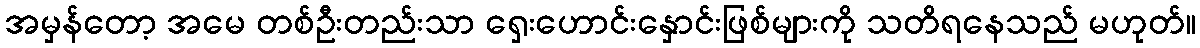
အမှန်တော့ အမေ တစ်ဦးတည်းသာ ရှေးဟောင်းနှောင်းဖြစ်များကို သတိရနေသည် မဟုတ်။